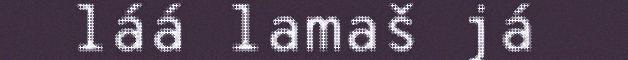
láá lamaš já